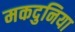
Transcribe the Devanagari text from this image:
मकदुनिया